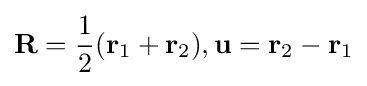
\mathbf {R} ={\frac {1}{2}}(\mathbf {r} _{1}+\mathbf {r} _{2}),\mathbf {u} =\mathbf {r} _{2}-\mathbf {r} _{1}